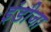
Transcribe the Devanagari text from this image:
इंडीजा